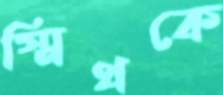
স্মিথকে